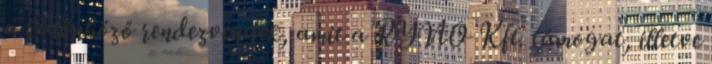
a különböző rendezvények, amit a RYNO Kft. támogat, illetve